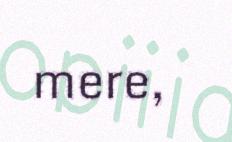
mere,